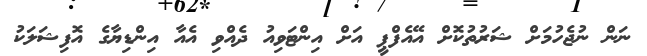
ނަން ނުޖެހުމަށް ޝަރުތުކޮށް އޭއެފްޕީ އަށް އިންޓަވިއު ދެއްވި އެއާ އިންޑިޔާގެ އޮފިޝަލަކު